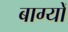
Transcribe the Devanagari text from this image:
बाग्यों